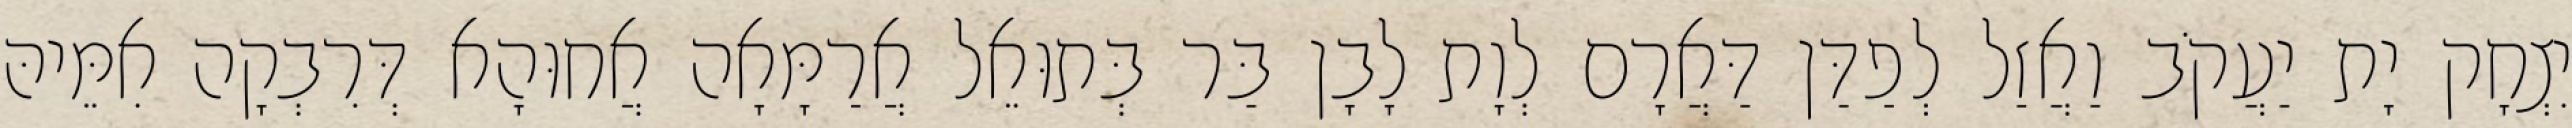
יִצְחָק יָת יַעֲקֹב וַאֲזַל לְפַדַּן דַּאֲרָם לְוָת לָבָן בַּר בְּתוּאֵל אֲרַמָּאָה אֲחוּהָא דְּרִבְקָה אִמֵּיהּ